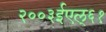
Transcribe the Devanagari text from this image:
२००३ईएल्‌६१